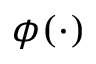
\phi ( \cdot )